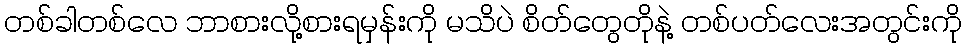
တစ်ခါတစ်လေ ဘာစားလို့စားရမှန်းကို မသိပဲ စိတ်တွေတိုနဲ့ တစ်ပတ်လေးအတွင်းကို